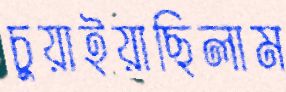
চুয়াইয়াছিলাম